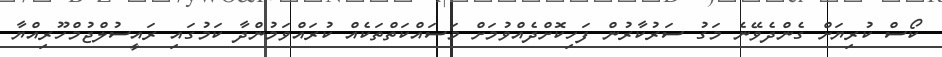
ކޯސް ކުރިޔަށް ގެންދެވޭނެ މަގު ސަރުކާރުން ފަހިކޮށްދެއްވުމަށް މަސައްކަތްތަކެއް ކުރައްވަމުންދާ ކަމުގައި ރައީސުލްޖުމްހޫރިއްޔާ